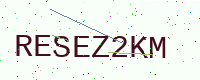
Text: RESEZ2KM